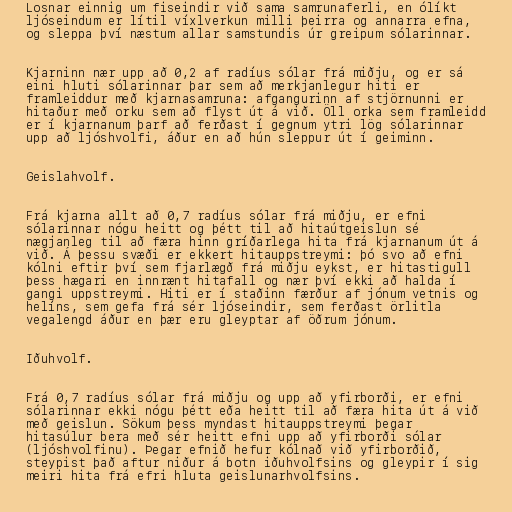
Losnar einnig um fiseindir við sama samrunaferli, en ólíkt
ljóseindum er lítil víxlverkun milli þeirra og annarra efna,
og sleppa því næstum allar samstundis úr greipum sólarinnar.

Kjarninn nær upp að 0,2 af radíus sólar frá miðju, og er sá
eini hluti sólarinnar þar sem að merkjanlegur hiti er
framleiddur með kjarnasamruna: afgangurinn af stjörnunni er
hitaður með orku sem að flyst út á við. Öll orka sem framleidd
er í kjarnanum þarf að ferðast í gegnum ytri lög sólarinnar
upp að ljóshvolfi, áður en að hún sleppur út í geiminn.

Geislahvolf.

Frá kjarna allt að 0,7 radíus sólar frá miðju, er efni
sólarinnar nógu heitt og þétt til að hitaútgeislun sé
nægjanleg til að færa hinn gríðarlega hita frá kjarnanum út á
við. Á þessu svæði er ekkert hitauppstreymi: þó svo að efni
kólni eftir því sem fjarlægð frá miðju eykst, er hitastigull
þess hægari en innrænt hitafall og nær því ekki að halda í
gangi uppstreymi. Hiti er í staðinn færður af jónum vetnis og
helíns, sem gefa frá sér ljóseindir, sem ferðast örlitla
vegalengd áður en þær eru gleyptar af öðrum jónum.

Iðuhvolf.

Frá 0,7 radíus sólar frá miðju og upp að yfirborði, er efni
sólarinnar ekki nógu þétt eða heitt til að færa hita út á við
með geislun. Sökum þess myndast hitauppstreymi þegar
hitasúlur bera með sér heitt efni upp að yfirborði sólar
(ljóshvolfinu). Þegar efnið hefur kólnað við yfirborðið,
steypist það aftur niður á botn iðuhvolfsins og gleypir í sig
meiri hita frá efri hluta geislunarhvolfsins.